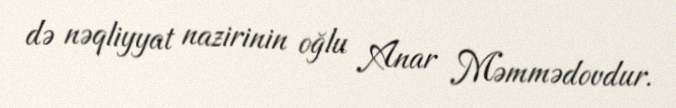
də nəqliyyat nazirinin oğlu Anar Məmmədovdur.